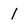
Character: 1